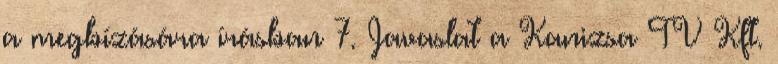
a megbízására írásban 7. Javaslat a Kanizsa TV Kft.